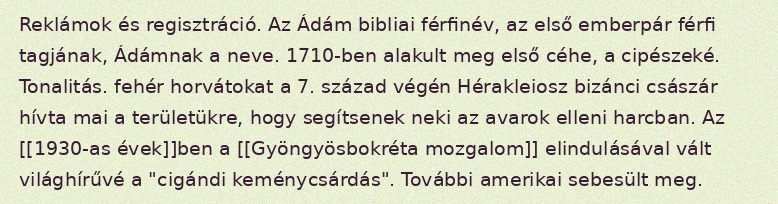
Reklámok és regisztráció. Az Ádám bibliai férfinév, az első emberpár férfi tagjának, Ádámnak a neve. 1710-ben alakult meg első céhe, a cipészeké. Tonalitás. fehér horvátokat a 7. század végén Hérakleiosz bizánci császár hívta mai a területükre, hogy segítsenek neki az avarok elleni harcban. Az [[1930-as évek]]ben a [[Gyöngyösbokréta mozgalom]] elindulásával vált világhírűvé a "cigándi keménycsárdás". További amerikai sebesült meg.